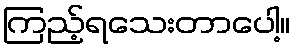
ကြည့်ရသေးတာပေါ့။